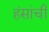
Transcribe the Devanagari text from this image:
हंसांची